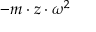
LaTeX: - m \cdot z \cdot \omega ^ { 2 }